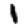
Digit: 1